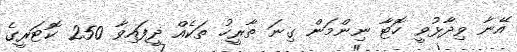
އޭނާ ވިދާޅުވީ ހޮޓާ ނިންމަން ގިނަ ތާރީހު ތަކެއް ދީފައިވާ 250 ކޮޓަރީގެ